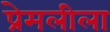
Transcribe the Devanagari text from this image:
प्रेमलीला